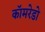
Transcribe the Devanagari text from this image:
कॉमरेडो